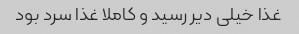
غذا خیلی دیر رسید و کاملا غذا سرد بود